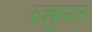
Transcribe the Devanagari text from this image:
रजकुमार